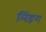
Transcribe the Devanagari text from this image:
लिंङग